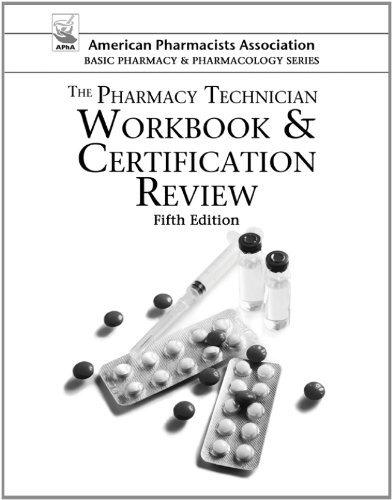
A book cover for The Pharmacy Technician Workbook & Certification Review (American Pharmacists Association Basic Pharmacy and Pharmacology Series); Perspective Press; Medical Books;